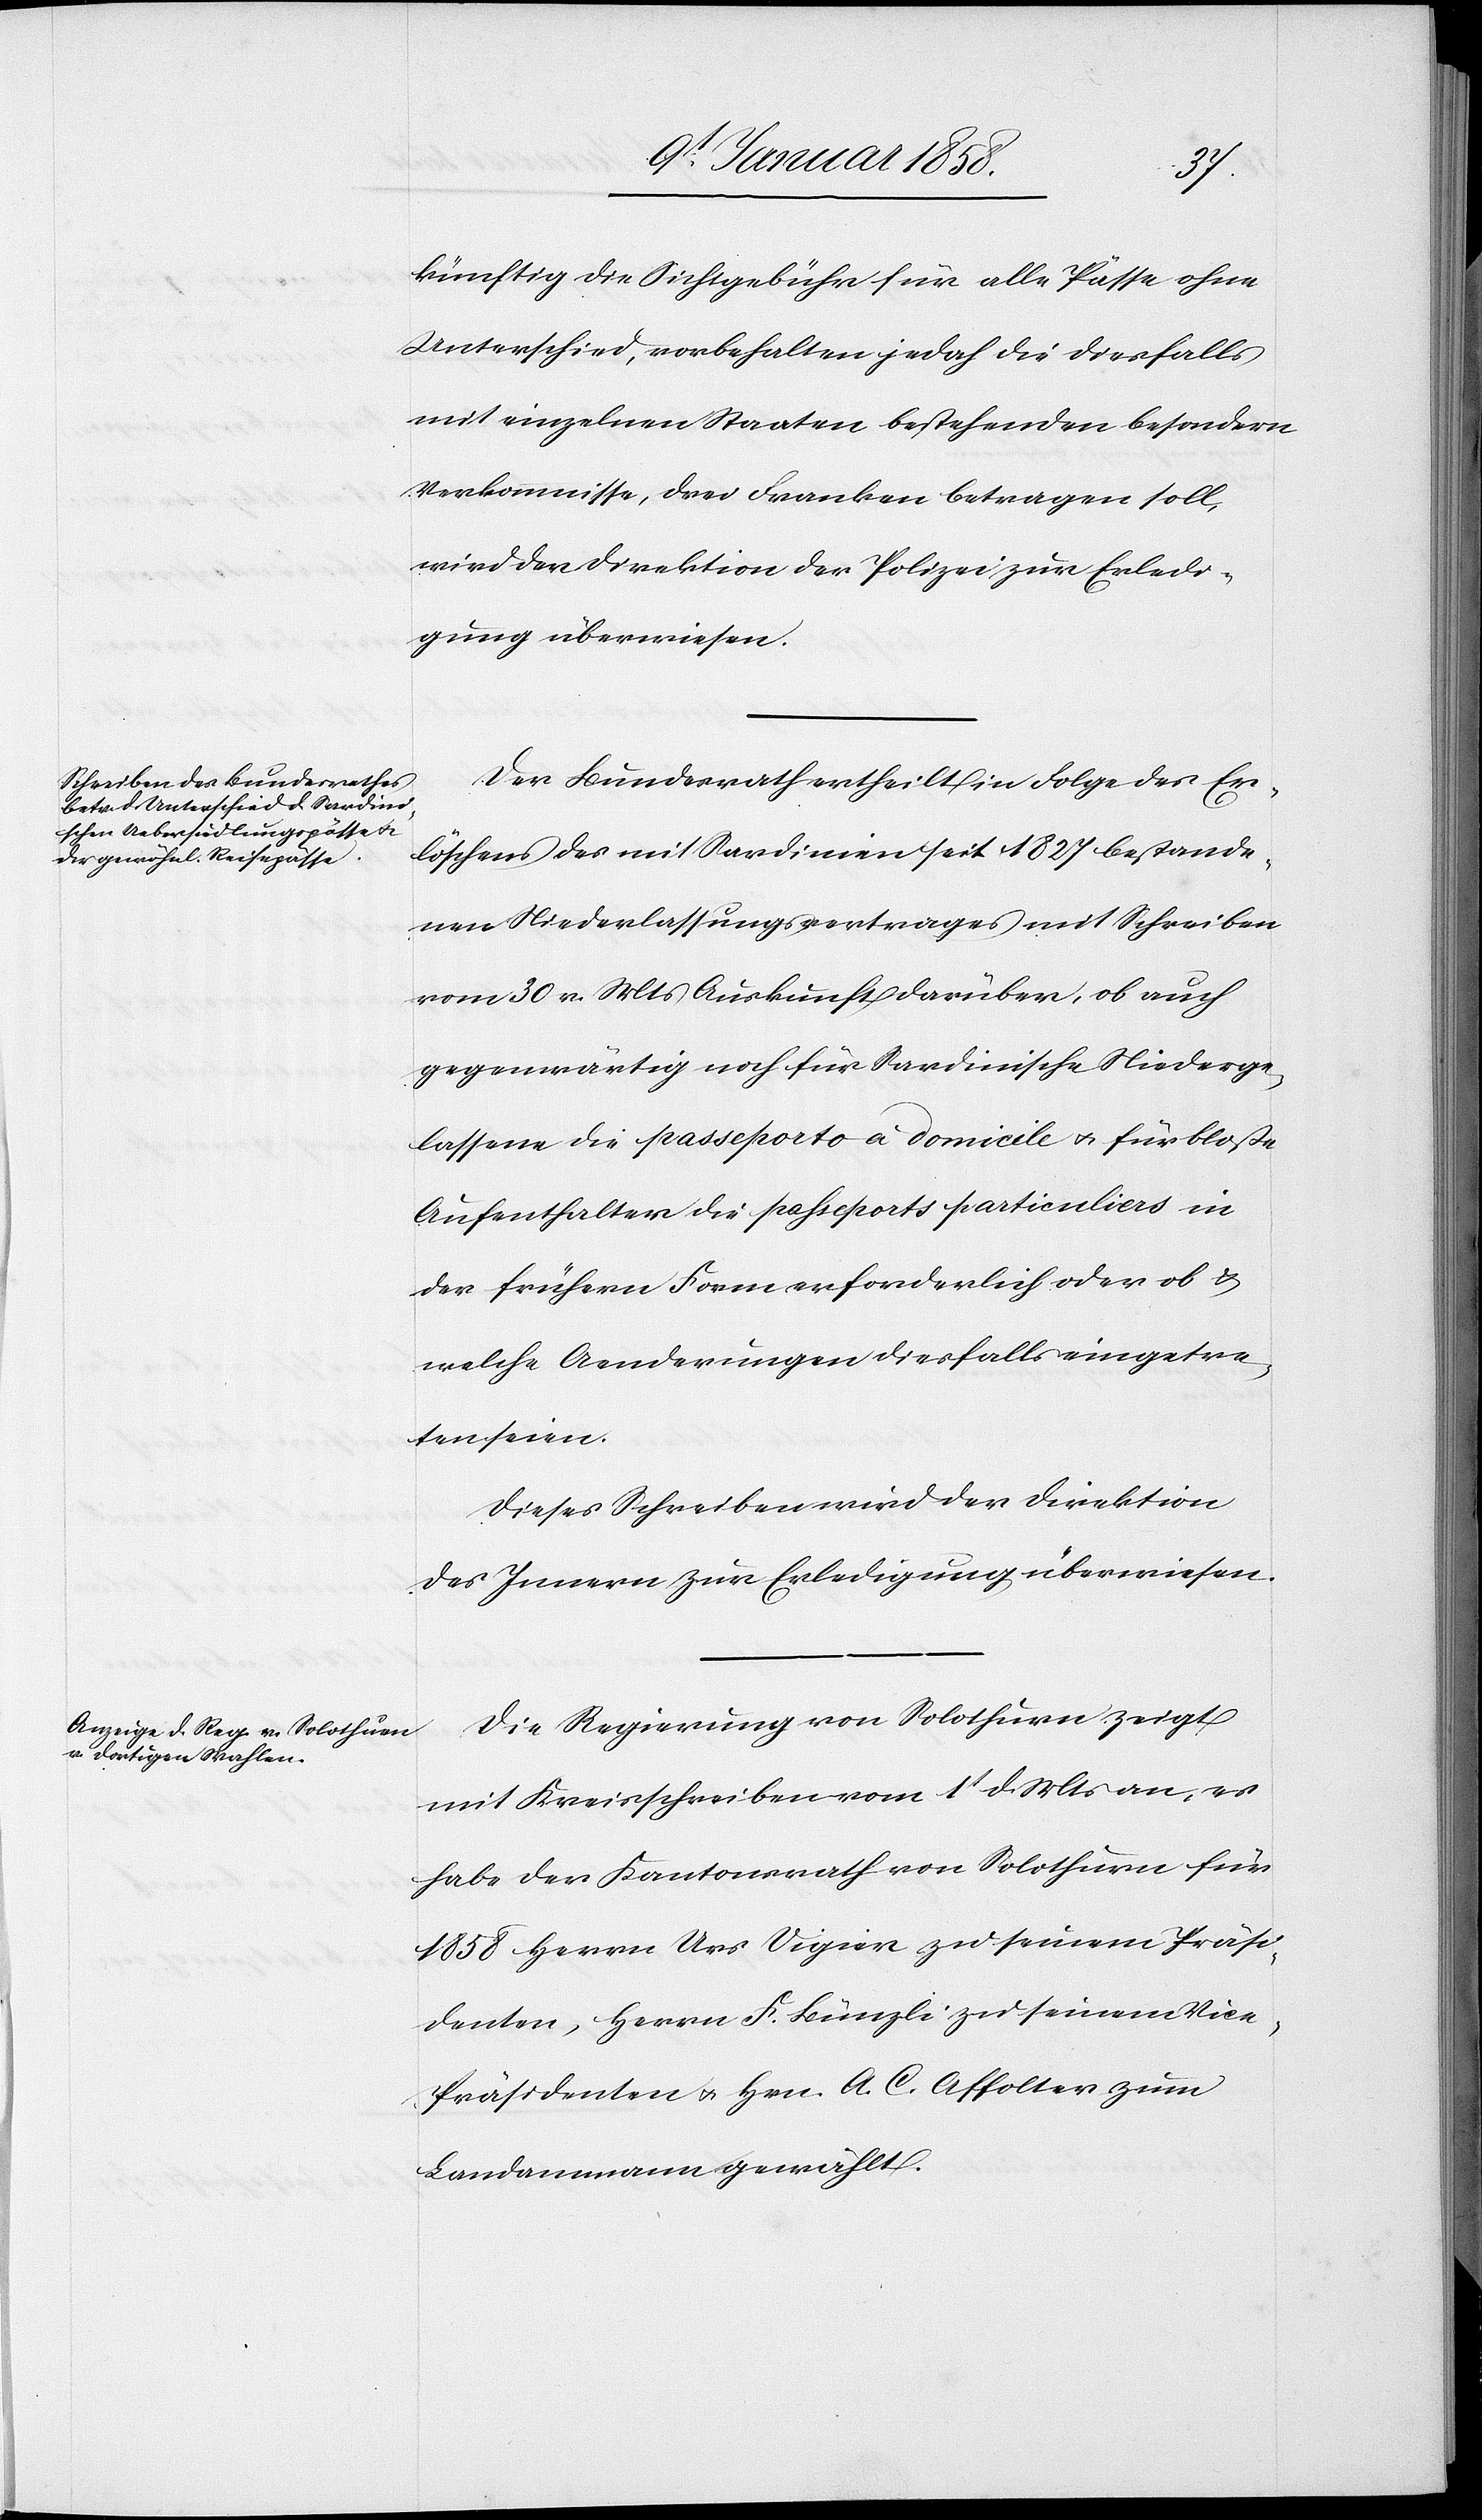
künftig die Sichtgebühr für alle Pässe ohne
Unterschied, vorbehalten jedoch die diesfalls
mit einzelnen Staaten bestehenden besondern
Verkomnisse, drei Franken betragen soll,
wird der Direktion der Polizei zur Erledi¬
gung überwiesen.
Der Bundesrath ertheilt in Folge des Er¬
löschens des mit Sardinien seit 1827 bestande¬
nen Niederlassungsvertrages mit Schreiben
vom 30 v. Mts Auskunft darüber, ob auch
gegenwärtig noch für Sardinische Niederge¬
lassene die passeporto à domicile u. für bloße
Aufenthalter die passeports particuliers in
der frühern Form erforderlich oder ob u.
welche Aenderungen diesfalls eingetre¬
ten seien.
Dieses Schreiben wird der Direktion
des Innern zur Erledigung überwiesen.
Die Regierung von Solothurn zeigt
mit Kreisschreiben vom 1t d. Mts an, es
habe der Kantonsrath von Solothurn für
1858 Herrn Urs Vigier zu seinem Präsi¬
denten, Herrn F. Bünzli zu seinem Vic¬
e-Präsidenten u. Hrn. A. C. Affolter zum
Landammann gewählt.